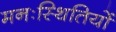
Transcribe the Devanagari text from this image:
मनःस्थितियों